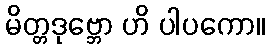
မိတ္တဒုဗ္ဘော ဟိ ပါပကော။